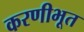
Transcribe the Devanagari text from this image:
करणीभूत